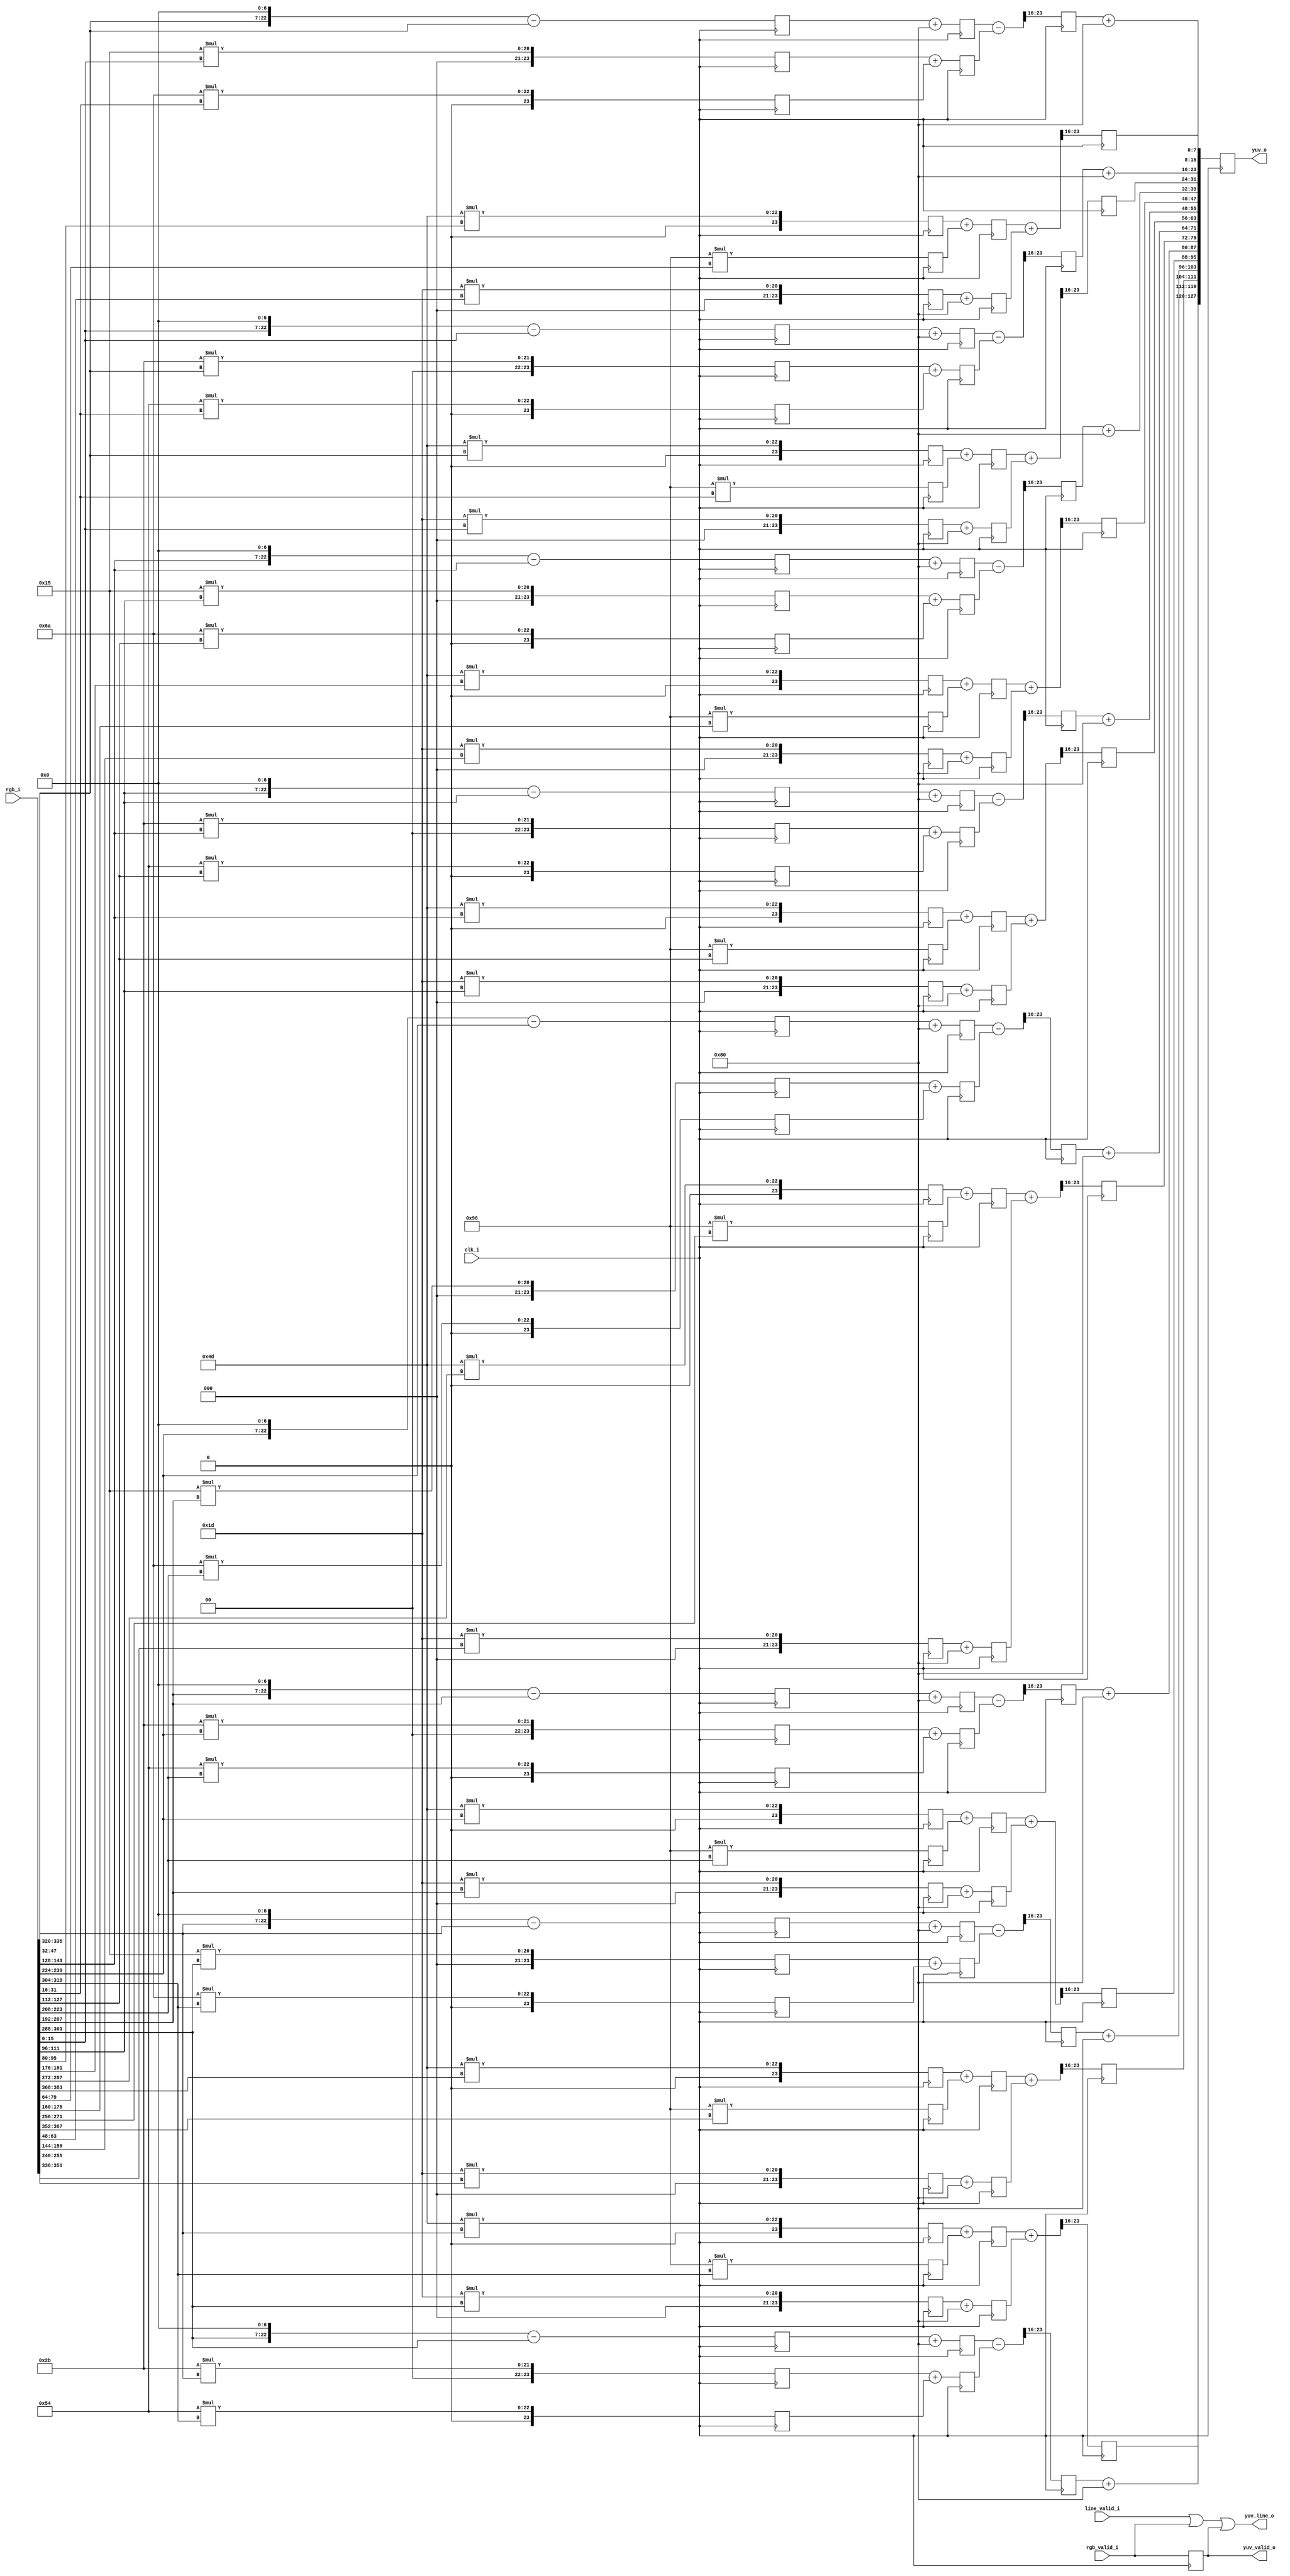
`timescale 1ns/1ns

/*
MIPI CSI RX to Parallel Bridge (c) by Gaurav Singh www.CircuitValley.com

MIPI CSI RX to Parallel Bridge is licensed under a
Creative Commons Attribution 3.0 Unported License.

You should have received a copy of the license along with this
work.  If not, see <http://creativecommons.org/licenses/by/3.0/>.
*/

/*
received upto 8 pixel RGB from the Debayer filter output upto 8 pixel yuv422 
Calculation is done based on integer YUV formula from the YUV wiki page 
*/

module rgb_to_yuv #(parameter PIXEL_WIDTH=16 , parameter PIXEL_PER_CLK=8 )(clk_i, //data changes on rising edge , latched in on falling edge
																		  rgb_i,
																		  rgb_valid_i,
																		  line_valid_i,
																		  yuv_o,
																		  yuv_valid_o,
																		  yuv_line_o);
				  
input clk_i;
input [((PIXEL_WIDTH * PIXEL_PER_CLK * 3) - 1'd1):0]rgb_i;
input rgb_valid_i;
input line_valid_i;

output reg [((PIXEL_PER_CLK * 2 * 8) - 1'd1):0]yuv_o;
output reg yuv_valid_o;
output yuv_line_o;

integer i;
reg rgb_valid_stage1;
reg rgb_valid_stage2;

reg [7:0]Y[(PIXEL_PER_CLK - 1 ) :0]; // result 8 pixesl , 8 bit per channel , ultimately 16bit per pixel 
reg [7:0]U[(PIXEL_PER_CLK - 1 ) :0];
reg [7:0]V[(PIXEL_PER_CLK - 1 ) :0];

reg [24:0]Y_R[(PIXEL_PER_CLK - 1 ) :0]; //stores result  of  16bit input * ~8bit Const
reg [24:0]Y_G[(PIXEL_PER_CLK - 1 ) :0];
reg [24:0]Y_B[(PIXEL_PER_CLK - 1 ) :0];

reg [24:0]U_R[(PIXEL_PER_CLK - 1 ) :0];  //calculated only for alternate pixel so 4 pixel per chunk for 16bit pipeline  while Y is 8 pixel per chunk
reg [24:0]U_G[(PIXEL_PER_CLK - 1 ) :0];
reg [24:0]U_B[(PIXEL_PER_CLK - 1 ) :0];

reg [24:0]V_R[(PIXEL_PER_CLK - 1 ) :0];
reg [24:0]V_G[(PIXEL_PER_CLK - 1 ) :0];
reg [24:0]V_B[(PIXEL_PER_CLK - 1 ) :0];


reg [24:0]Y_ADD[(PIXEL_PER_CLK - 1 ) :0]; //intermediate Y result from pipeline  
reg [24:0]U_ADD[(PIXEL_PER_CLK - 1 ) :0]; //intermediate U result from pipeline  
reg [24:0]V_ADD[(PIXEL_PER_CLK - 1 ) :0]; //intermediate V result from pipeline  

reg [24:0]Y_B_STAGE_ADD[(PIXEL_PER_CLK - 1 ) :0];
reg [24:0]U_B_STAGE_ADD[(PIXEL_PER_CLK - 1 ) :0];
reg [24:0]V_B_STAGE_ADD[(PIXEL_PER_CLK - 1 ) :0];

reg [7:0]Y_ADD_STAGE2[(PIXEL_PER_CLK - 1 ) :0];
reg [7:0]U_ADD_STAGE2[(PIXEL_PER_CLK - 1 ) :0];
reg [7:0]V_ADD_STAGE2[(PIXEL_PER_CLK - 1 ) :0];


assign yuv_line_o = line_valid_i | rgb_valid_i | yuv_valid_o;

//from YUV wiki page full swing
// Y = ((77 R + 150G + 29B + 128) >>10)
// U = ((-43R - 84G + 127B + 128) >>10) + 128
// V = ((127R -106G -21B + 128) >>10) + 128

reg [23:0]not_used24; //to suppress warning from the tool 
always @(negedge  clk_i)
begin
	rgb_valid_stage1 <= rgb_valid_i; 
	rgb_valid_stage2 <= rgb_valid_stage1;
	yuv_valid_o <= rgb_valid_i;
	
	for (i=0;i<PIXEL_PER_CLK; i = i + 1)
	begin

		Y_R[i] <= ( 77 * rgb_i[((i* (PIXEL_WIDTH*3)) + (PIXEL_WIDTH*2)) +: PIXEL_WIDTH]);
		Y_G[i] <= (150 * rgb_i[((i* (PIXEL_WIDTH*3)) + (PIXEL_WIDTH  )) +: PIXEL_WIDTH]);
		Y_B[i] <= ( 29 * rgb_i[ (i* (PIXEL_WIDTH*3)) 					+: PIXEL_WIDTH]); 

		Y_ADD[i] <= Y_R[i] + Y_G[i];
		Y_B_STAGE_ADD[i] <= Y_B[i] + 24'd128;
		
		Y_ADD_STAGE2[i] <=  (Y_ADD[i] + Y_B_STAGE_ADD[i]) >> PIXEL_WIDTH ;
		Y[i] = Y_ADD_STAGE2[i];

	end
	
	for (i=0;i<PIXEL_PER_CLK; i = i + 2)	//only alternate U and V needed
	begin

		U_R[i] <= (43 *  rgb_i[((i* (PIXEL_WIDTH*3)) + (PIXEL_WIDTH*2)) +: PIXEL_WIDTH]);
		U_G[i] <= (84  * rgb_i[((i* (PIXEL_WIDTH*3)) + (PIXEL_WIDTH  )) +: PIXEL_WIDTH]);
		U_B[i] <= {		 rgb_i[( i* (PIXEL_WIDTH*3))  					+: PIXEL_WIDTH], 7'b0} - rgb_i[(i*(PIXEL_WIDTH*3)) 					   +: PIXEL_WIDTH]; // B*127 is converted to  val << 7 - val to save dsp * operation

		V_R[i] <= {		 rgb_i[((i* (PIXEL_WIDTH*3)) + (PIXEL_WIDTH*2)) +: PIXEL_WIDTH], 7'b0} - rgb_i[((i* (PIXEL_WIDTH*3)) + (PIXEL_WIDTH*2)) +: PIXEL_WIDTH];
		V_G[i] <= (106 * rgb_i[((i* (PIXEL_WIDTH*3)) + (PIXEL_WIDTH  )) +: PIXEL_WIDTH]);
		V_B[i] <= ( 21 * rgb_i[ (i* (PIXEL_WIDTH*3)) 					+: PIXEL_WIDTH]);

		U_ADD[i] <= U_R[i] + U_G[i];
		V_ADD[i] <= V_B[i] + V_G[i];

		U_B_STAGE_ADD[i] <= U_B[i] + 24'd128;
		V_B_STAGE_ADD[i] <= V_R[i] + 24'd128;

		U_ADD_STAGE2[i] <=  (U_B_STAGE_ADD[i] - U_ADD[i]) >> PIXEL_WIDTH;
		U[i] = U_ADD_STAGE2[i]  + 8'd128;

		V_ADD_STAGE2[i] <=  (V_B_STAGE_ADD[i] - V_ADD[i]) >> PIXEL_WIDTH;
		V[i] = V_ADD_STAGE2[i] + 8'd128;

	end

	for (i=0;i<PIXEL_PER_CLK; i = i + 2)	//only alternate U and V needed
	begin
		yuv_o[( (i*2)    * 8) +: 8] = V[i];
		yuv_o[(((i*2)+1) * 8) +: 8] = Y[i+1];
		yuv_o[(((i*2)+2) * 8) +: 8] = U[i];
		yuv_o[(((i*2)+3) * 8) +: 8] = Y[i];
	end
	//GPIF configed as big endian so expects first bytes at MSbyte
end

endmodule